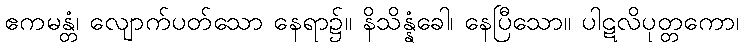
ဧကမန္တံ၊ လျောက်ပတ်သော နေရာ၌။ နိသိန္နံခေါ၊ နေပြီသော။ ပါဋလိပုတ္တကော၊